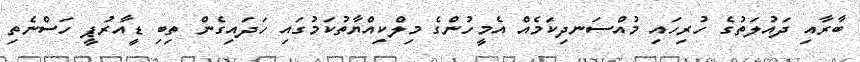
ބާރާއި ދައުލަތުގެ ހުރިހައި މުއްސަނދިކަމެއް އެމީހުންގެ މިލްކިއްޔާތުކަމުގައި ހަދައިގެން ތިބި ޑީއާރުޕީ ހަސްނެތި